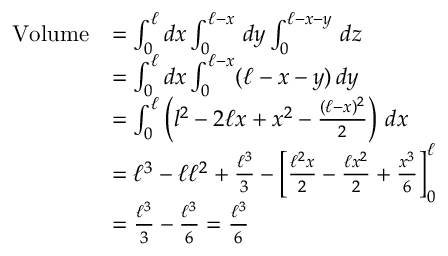
{ \begin{array} { r l } { { \mathrm { V o l u m e } } } & { = \int _ { 0 } ^ { \ell } d x \int _ { 0 } ^ { \ell - x } \, d y \int _ { 0 } ^ { \ell - x - y } \, d z } \\ & { = \int _ { 0 } ^ { \ell } d x \int _ { 0 } ^ { \ell - x } ( \ell - x - y ) \, d y } \\ & { = \int _ { 0 } ^ { \ell } \left( l ^ { 2 } - 2 \ell x + x ^ { 2 } - { \frac { ( \ell - x ) ^ { 2 } } { 2 } } \right) \, d x } \\ & { = \ell ^ { 3 } - \ell \ell ^ { 2 } + { \frac { \ell ^ { 3 } } { 3 } } - \left[ { \frac { \ell ^ { 2 } x } { 2 } } - { \frac { \ell x ^ { 2 } } { 2 } } + { \frac { x ^ { 3 } } { 6 } } \right] _ { 0 } ^ { \ell } } \\ & { = { \frac { \ell ^ { 3 } } { 3 } } - { \frac { \ell ^ { 3 } } { 6 } } = { \frac { \ell ^ { 3 } } { 6 } } } \end{array} }